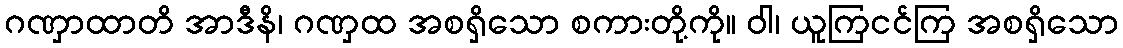
ဂဏှာထာတိ အာဒီနိ၊ ဂဏှထ အစရှိသော စကားတို့ကို။ ဝါ၊ ယူကြငင်ကြ အစရှိသော